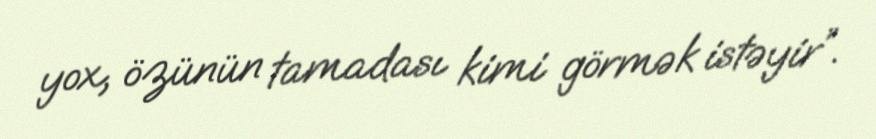
yox, özünün tamadası kimi görmək istəyir”.